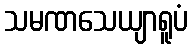
သမဏသေယျာရူပံ